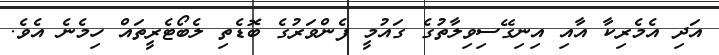
އަދި އެމެރިކާ އާއި އިނިގޭސިވިލާތުގެ ގައުމީ ފެންވަރުގެ ބޮޑެތި ލެބޯޓެރީތައް ހިމެނެ އެވެ.